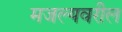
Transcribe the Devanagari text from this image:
मजल्यवरील